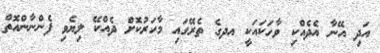
އަދި އޭނާ އެދެއްކި ވާހަކައަކީ އދގެ ތެރޭގައި މާހަރުކޮށް ދެއްކޭ ލިޔެވި ފެންނާންއޮތް